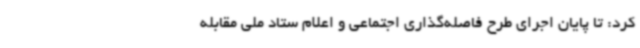
کرد: تا پایان اجرای طرح فاصله‌گذاری اجتماعی و اعلام ستاد ملی مقابله